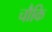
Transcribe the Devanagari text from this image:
चौकि